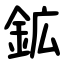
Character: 鉱